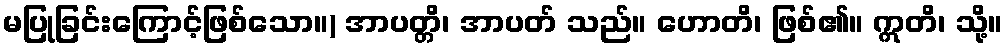
မပြုခြင်းကြောင့်ဖြစ်သော။) အာပတ္တိ၊ အာပတ် သည်။ ဟောတိ၊ ဖြစ်၏။ ဣတိ၊ သို့။